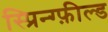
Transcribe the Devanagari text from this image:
स्प्रिन्ग्फ़ील्ड